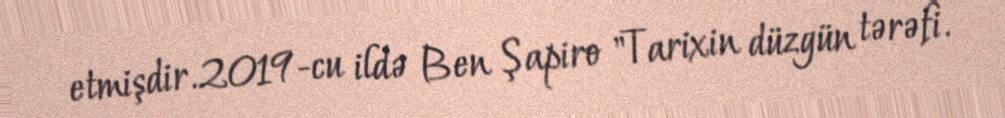
etmişdir.2019-cu ildə Ben Şapiro "Tarixin düzgün tərəfi.